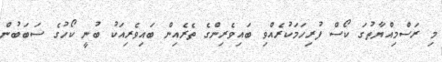
މި ރަސްމިއްޔާތުގަ ކޯސް ފުރިހަމަކުރެއްވި ބައިވެރިންގެ ތެރެއިން ބައިވެރިއަކު ބުނީ ކޯހުގެ ސަބަބުން